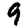
Digit: 9